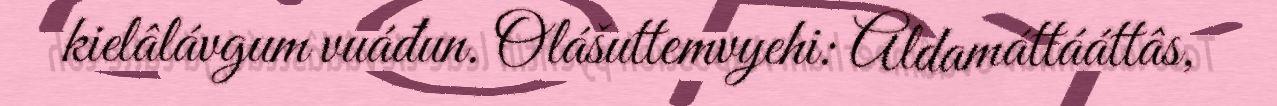
kielâlávgum vuáđun. Olášuttemvyehi: Aldamáttááttâs,